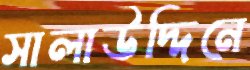
সালাউদ্দিনে